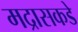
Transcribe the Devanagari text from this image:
मद्रासकडे